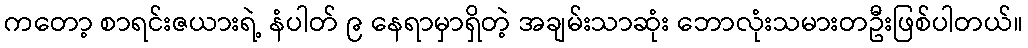
ကတော့ စာရင်းဇယားရဲ့ နံပါတ် ၉ နေရာမှာရှိတဲ့ အချမ်းသာဆုံး ဘောလုံးသမားတဦးဖြစ်ပါတယ်။